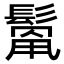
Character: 𩮓